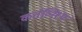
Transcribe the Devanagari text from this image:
कर्तव्निश्थ